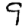
Digit: 9